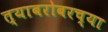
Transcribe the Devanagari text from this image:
त्याबरोबरच्या